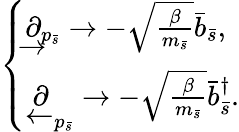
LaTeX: \begin{array}{r}{\left\{ \begin{array}{ll}{\underrightarrow{\partial}_{p_{\bar{s}}}\rightarrow-\sqrt{\frac{\beta}{m_{\bar{s}}}}\bar{b}_{\bar{s}},}\\ {\underleftarrow{\partial}_{p_{\bar{s}}}\rightarrow-\sqrt{\frac{\beta}{m_{\bar{s}}}}\bar{b}_{\bar{s}}^{\dagger}.}\end{array}\right.}\end{array}